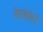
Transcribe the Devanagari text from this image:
त्रियोलोगी